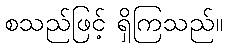
စသည်ဖြင့် ရှိကြသည်။